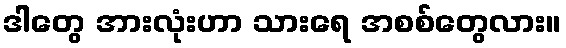
ဒါတွေ အားလုံးဟာ သားရေ အစစ်တွေလား။